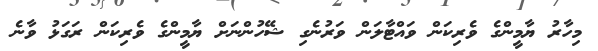
މިހާރު ޔާމީންގެ ވެރިކަން ވައްޓާލަން ވަރުނެގި ޝޭހުންނަށް ޔާމީންގެ ވެރިކަން ރަގަޅު ވާނެ